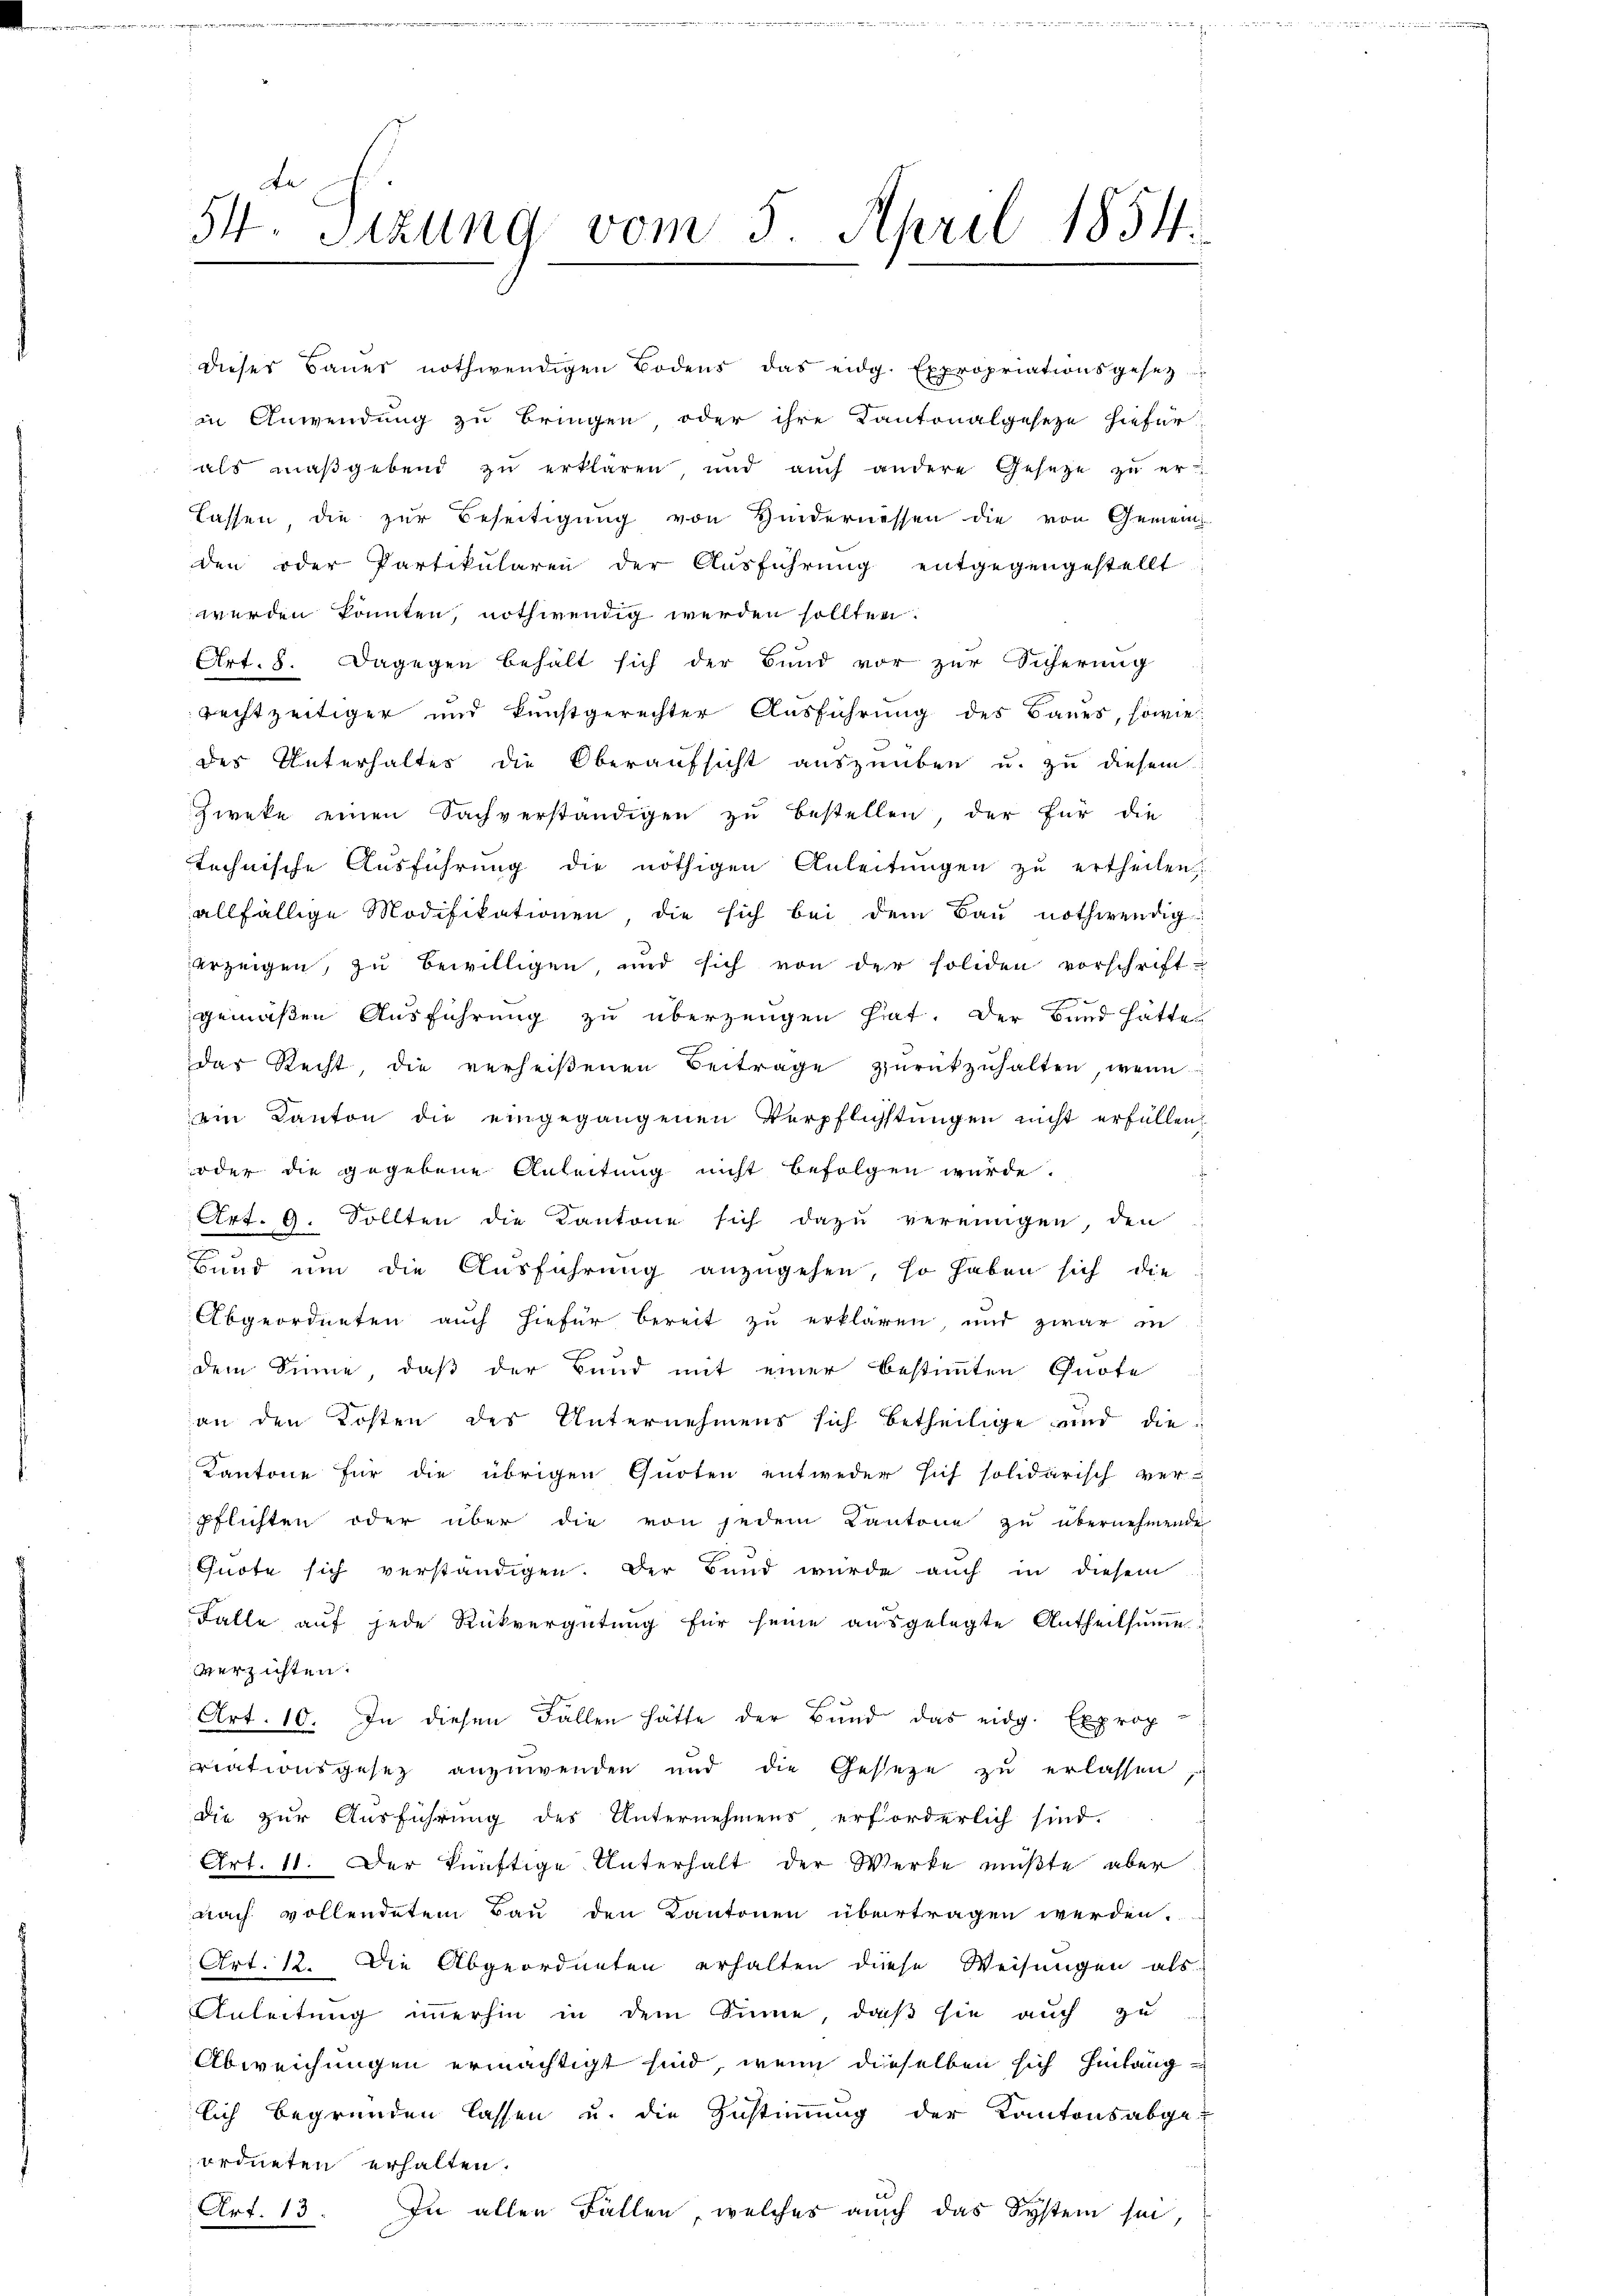
te
54. Sitzung vom 5. April 1854.

werden könnten, nothwendig werden sollten.
Art. 8. Dagegen behalt sich der Bund vor zur Sicherŭng
rechtzeitiger und kunstgerechter Ausführung des Baues, sowie
des Unterhaltes die Oberaufsicht auszuüben u. zu diesem
zweke einen Sachverständigen zu bestellen der für die
technische Aŭsführŭng die nöthigen Anleitŭngen zŭ ertheilen.
allfällige Modifikationen die sich bei dem Baŭ nothwendig
erzeigen, zu bewilligen und sich von der soliden vorschrift-
gemäßen Ausführung zu überzeugen hat. Der Bund hätte
das Recht, die verheißenen Beitrage zŭrückzuhalten, wenn
ein Kanton die eingegangenen Verpflichstungen nicht erfüllen,
oder die gegebene Anleitung nicht befolgen wurde.
Art. 9. Sollten die Kantone sich dazu vereinigen, den
Bund um die Ausführung anzugehen, so haben sich die
Abgeordneten auch hiefür bereit zu erklären, und zwar in
dem Sinne, daß der Bund mit einer bestimmten Quote
an den Kosten des Unternehmens sich betheilige und die
Kantone für die übrigen Quoten entweder sich solidarisch ver-
pflichten oder über die von jedem Kantone zu übernehmende
Chuote sich verständigen. Der Bund wurde auch in diesem
Falle auf jede Rückvergütung für seine ausgelegte Antheilsumme
verzichten.
Art. 10. In diesen Fällen hätte der Bund das eidg. Exprop
riationsgesetz anzuwenden und die Gesetze zu erlassen
die zur Ausführung des Unternehmens erforderlich sind.
Art. 11. Der künftige Unterhalt der Werke mußte aber
nach vollendetem Bau den Kantonen übertragen werden.
Art. 12. Die Abgeordneten erhalten diese Weisungen als
Anleitung immerhin in dem Sinne, daß sie auch zu
Abweichungen ermächtigt sind, wenn dieselben sich hinlanglich begründen lassen u. die Zustimmung der Kantonsabgeordneten erhalten.
Art. 13
In allen Fällen, welches auch das System sei

dieser Bauer nothwendigen Bodens das eidg. Expropriationsgesetz
in Anwendung zu bringen oder ihre Kantonalgeseze hiefür
als maßgebend zu erklären, und aŭch andere Gesetze zŭ er-
lassen, die zur Beseitigung von Hindernessen die von Gemein
den oder Partikularen der Ausführung entgegengestellt